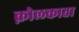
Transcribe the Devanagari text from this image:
क़ोलकाता